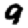
Digit: 9